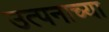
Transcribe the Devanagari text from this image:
उत्पनाच्या